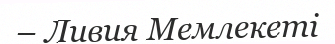
– Ливия Мемлекеті